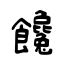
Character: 饞